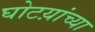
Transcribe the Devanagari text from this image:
घोटय़ांच्या